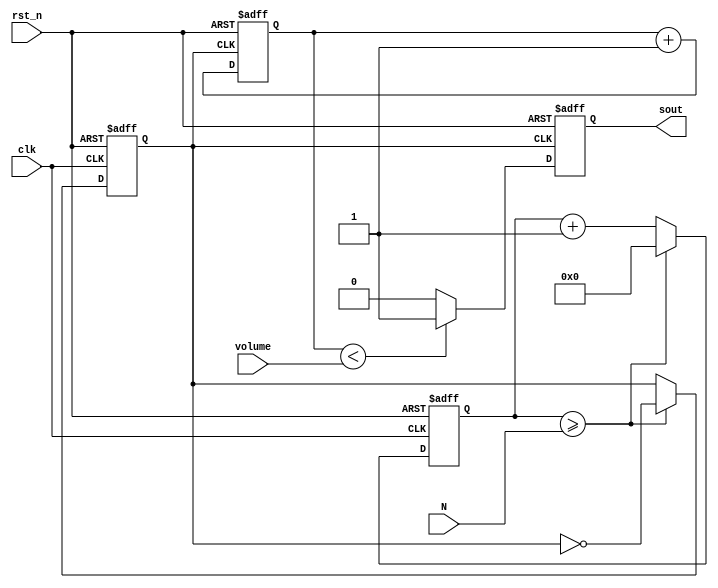
`timescale 1ns/1ps

module pwm_audio(
   input       clk,
   input       rst_n,
   input [7:0] volume,
   input [9:0] N,
   output reg  sout
   );
   
   

   reg [9:0] f_count;  // counter for frequency synthesis
   reg       f_clk;    // divided clock
   reg [7:0] dc_count; // counter for duty cycle
   
   initial begin
      f_count  = 0;
      sout     = 0;
      f_clk    = 0;
      dc_count = 0;
   end
   
   // First clock divider sets the tone frequency:
   always @(posedge clk, negedge rst_n) begin
      if (!rst_n) begin
         f_count = 0;
	 f_clk   = 0;
      end
      else begin
         if (f_count >= N) begin
	    f_count <= 0;
	    f_clk   <= ~f_clk;
	 end
	 else
	    f_count <= f_count + 1;
      end // else: !if(!rst_n)
   end

  //  Second clock divider sets the duty cycle:
   always @(posedge f_clk, negedge rst_n) begin
      if (!rst_n) begin
         dc_count <= 0;
	 sout  <= 0;
      end
      else begin
         dc_count <= dc_count + 1;
         if (dc_count < volume)
	    sout <= 1;
	 else
	    sout <= 0;
      end
   end
endmodule